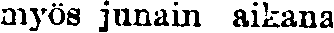
myös junain aikana